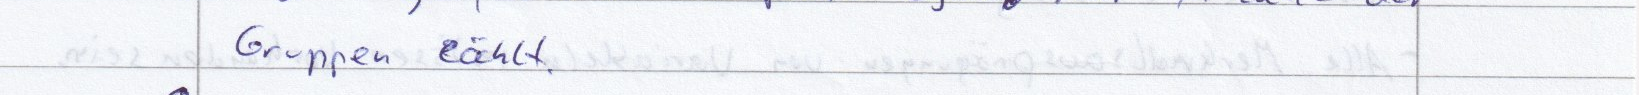
Gruppen zählt